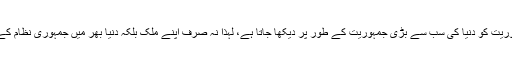
انہوں نے کہا کہ بیرون ملک ہندوستان کی جمہوریت کو دنیا کی سب سے بڑی جمہوریت کے طور پر دیکھا جاتا ہے، لہٰذا نہ صرف اپنے ملک بلکہ دنیا بھر میں جمہوری نظام کے اعتماد کو مضبوط کرنا ہماری ذمہ داری ہے۔